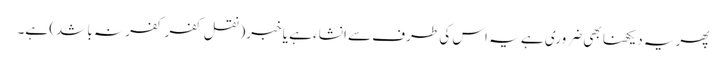
پھریہ دیکھنا بھی ضروری ہے یہ اس کی طرف سے انشاء ہے یا خبر(نقل کفر کفر نہ باشد) ہے۔